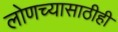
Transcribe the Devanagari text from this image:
लोणच्यासाठीही